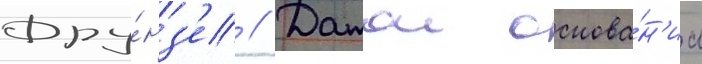
Фру́нз'е // Датои основа́н'иа